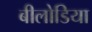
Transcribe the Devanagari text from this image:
बीलोडिया